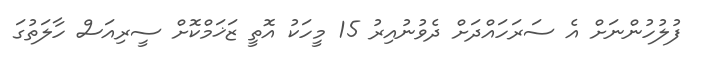
ފުލުހުންނަށް އެ ސަރަހައްދަށް ދެވުނުއިރު 15 މީހަކު އޮތީ ޒަޚަމްކޮށް ސީރިއަސް ހާލަތުގަ